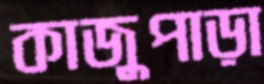
কাজুপাড়া